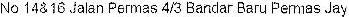
NO 14& 16 JALAN PERMAS 4/3 BANDAR BARU PERMAS JAY